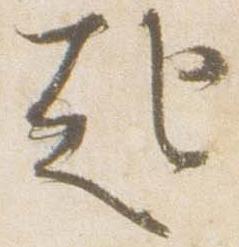
起